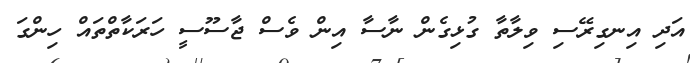
އަދި އިނގިރޭސި ވިލާތާ ގުޅިގެން ނާސާ އިން ވެސް ޖާސޫސީ ހަރަކާތްތައް ހިންގަ